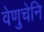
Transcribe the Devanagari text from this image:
वेणुचेनि